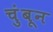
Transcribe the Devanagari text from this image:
चुंबून